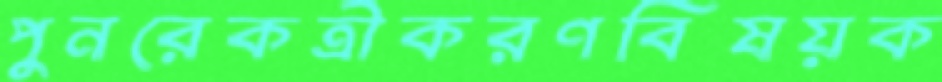
পুনরেকত্রীকরণবিষয়ক